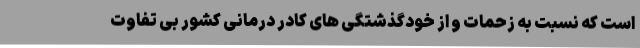
است که نسبت به زحمات و از خودگذشتگی های کادر درمانی کشور بی تفاوت